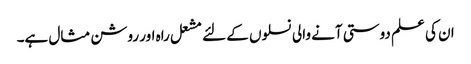
ان کی علم دوستی آنے والی نسلوں کے لئے مشعل راہ اور روشن مثال ہے۔